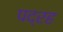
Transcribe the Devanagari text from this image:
पद्रह